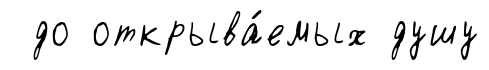
до открыва́емых душу